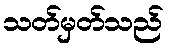
သတ်မှတ်သည်